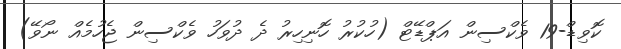
ކޮވިޑް-19 ވެކްސިން އަޕްޑޭޓް (ހުކުރު ހޮނިހިރު ދެ ދުވަހު ވެކްސިން ޖެހުމެއް ނޯވޭ)